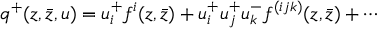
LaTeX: q ^ { + } ( z , \bar { z } , u ) = u _ { i } ^ { + } f ^ { i } ( z , \bar { z } ) + u _ { i } ^ { + } u _ { j } ^ { + } u _ { k } ^ { - } f ^ { ( i j k ) } ( z , \bar { z } ) + \cdots